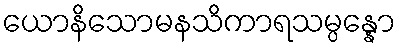
ယောနိသောမနသိကာရသမ္ပန္နော